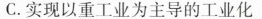
C.实现以重工业为主导的工业化